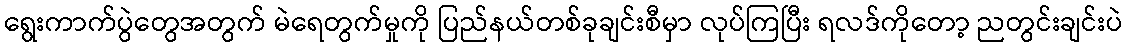
ရွေးကာက်ပွဲတွေအတွက် မဲရေတွက်မှုကို ပြည်နယ်တစ်ခုချင်းစီမှာ လုပ်ကြပြီး ရလဒ်ကိုတော့ ညတွင်းချင်းပဲ